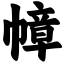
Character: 幛